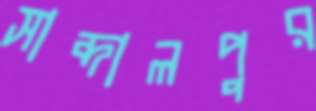
সাব্দালপুর